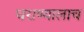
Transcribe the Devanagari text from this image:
घराण्यालाच